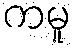
ကမူ